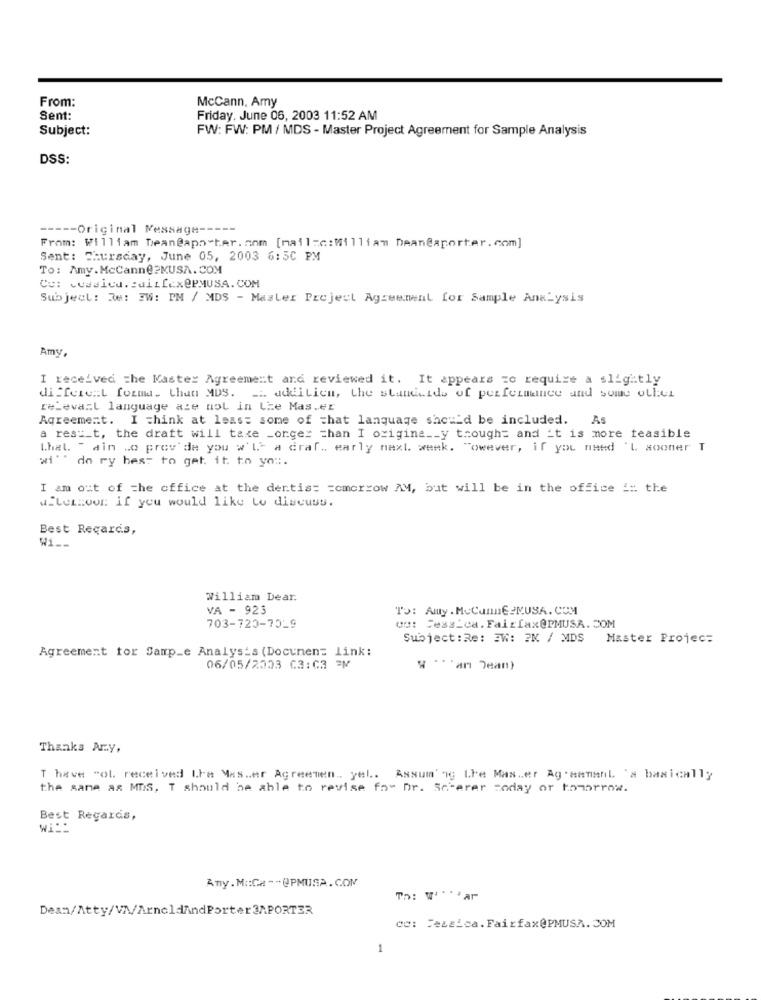
From:
McCann, Amy
Sent:
Friday, June 06, 2003 11:52 AM
Subject:
FW: FW: PM / MDS - Master Project Agreement for Sample Analysis
DSS:
----- Original Message -----
From: William Dean@aporter.com [mail=c: Milliam Deaneaporter. com]
Sent: Thursday, June 05, 2003 6:5C PM
To: Amy.McCann@?MUSA.COM
Co: wasica. : airfex@PMUSA.COM
Subject: Re: IW: PM / MDS - Master Preject Agreement for Sample Analysis
Amy.
I received the Kaster Agreement and reviewed it. It appears zo require a slightly
di ferent forma. Chan MDS. __ addilicm, the standards of perfeimince and some oLl:ui
relevail language aze mol in Lze Mas.er
Agreement. I think at least some of that language should be included. As
a rest_t, the draft will take Longer than I origina __ y though= and it is more feasible
that. " din so prov'de you w'L a draf. early next week. "owever, if you need 'L sooner T
wi"" do ry best to get. it. to yo ::.
I am out of the office at the dertis= = omorrow AM, but will be in the office ::: the
afternoon if you would like to discuss.
Best Regards,
Wi __
William Dear.
VA - 923
To: Amy . McCannE2MUSA. COM
703-720-7019
ou: Jessica. Fairfax@PMUSA. COM
Subject:Re: 3W: 2M / MDS Master Projec:
Agreement for Samp_e Analys's (Docunen= link:
06/05/2003 03:03 PM
* *** an Jean)
Thanks Arzy,
T have "ol. received Lhe Mas .. er Agreemen .. yel .. Assuming Lhe Mas.er Ag'samanl '# basically
the same as MDIS, T should be able to revise for Dr. Scherer soday or tomorrow.
Best Regards,
Any. M :: Ca -- @PMUSA. COM
Th: W *** ar
Dean/Atty/VN/ArnoldAndPorter 3APORTER
ce: Teszica. Fairfax@PMUSA. COM
1